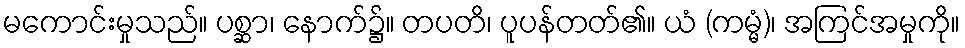
မကောင်းမှုသည်။ ပစ္ဆာ၊ နောက်၌။ တပတိ၊ ပူပန်တတ်၏။ ယံ (ကမ္မံ)၊ အကြင်အမှုကို။